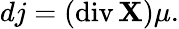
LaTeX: dj=(\operatorname{div}\mathbf{X})\mu.